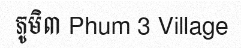
ភូមិ៣ Phum 3 Village